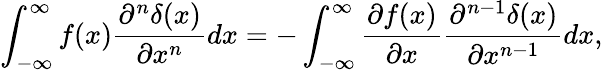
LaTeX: \int_{-\infty}^{\infty}f(x)\frac{\partial^{n}\delta(x)}{\partial x^{n}}dx=-\int_{-\infty}^{\infty}\frac{\partial f(x)}{\partial x}\frac{\partial^{n-1}\delta(x)}{\partial x^{n-1}}dx,